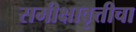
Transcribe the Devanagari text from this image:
समीक्षावृत्तीचा